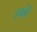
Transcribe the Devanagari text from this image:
हर्कोर्ट